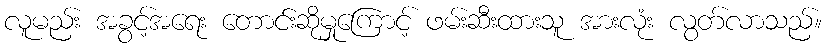
လူမည်း အခွင့်အရေး တောင်းဆိုမှုကြောင့် ဖမ်းဆီးထားသူ အားလုံး လွတ်လာသည်။